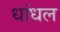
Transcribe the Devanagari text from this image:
धांधल